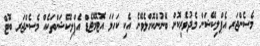
މެސެންޖަރ އެޕްލިކޭޝަން މެދުވެރިކޮށް ބޭނުންކޮށްލެވޭނެ އެކި ކަހަލަ އޮޓޮމޭޓެޑް އެޕްލިކޭޝަންތަކެއް މެސެންޖަރ ބޮޓް